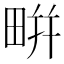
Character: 𤲒